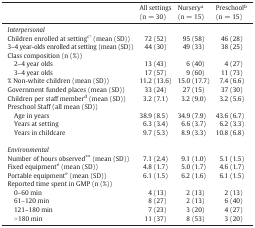
<table><thead><tr><td></td><td><b>All settings (n = 30)</b></td><td><b>Nursery<sup>a</sup> (n = 15)</b></td><td><b>Preschool<sup>b</sup>(n = 15)</b></td></tr></thead><tbody><tr><td><i>Interpersonal</i></td><td></td><td></td><td></td></tr><tr><td>Children enrolled at setting<sup>c⁎</sup> (mean (SD))</td><td>72 (52)</td><td>95 (58)</td><td>46 (28)</td></tr><tr><td>3–4 year-olds enrolled at setting (mean (SD))</td><td>44 (30)</td><td>49 (33)</td><td>38 (25)</td></tr><tr><td>Class composition (n (%))</td><td></td><td></td><td></td></tr><tr><td> 2–4 year olds</td><td>13 (43)</td><td>6 (40)</td><td>4 (27)</td></tr><tr><td> 3–4 year olds</td><td>17 (57)</td><td>9 (60)</td><td>11 (73)</td></tr><tr><td>% Non-white children (mean (SD))</td><td>11.2 (13.6)</td><td>15.0 (17.7)</td><td>7.4 (6.6)</td></tr><tr><td>Government funded places (mean (SD))</td><td>33 (24)</td><td>27 (15)</td><td>37 (30)</td></tr><tr><td>Children per staff member<sup>d</sup> (mean (SD))</td><td>3.2 (7.1)</td><td>3.2 (9.0)</td><td>3.2 (5.6)</td></tr><tr><td>Preschool Staff (all mean (SD))</td><td></td><td></td><td></td></tr><tr><td> Age in years</td><td>38.9 (8.5)</td><td>34.9 (7.9)</td><td>43.6 (6.7)</td></tr><tr><td> Years at setting</td><td>6.3 (3.4)</td><td>6.6 (3.7)</td><td>6.2 (3.3)</td></tr><tr><td> Years in childcare</td><td>9.7 (5.3)</td><td>8.9 (3.3)</td><td>10.8 (6.8)</td></tr><tr><td><i>Environmental</i></td><td></td><td></td><td></td></tr><tr><td>Number of hours observed<sup>⁎⁎</sup> (mean (SD))</td><td>7.1 (2.4)</td><td>9.1 (1.0)</td><td>5.1 (1.5)</td></tr><tr><td>Fixed equipment<sup>e</sup> (mean (SD))</td><td>4.8 (1.7)</td><td>5.0 (1.7)</td><td>4.6 (1.7)</td></tr><tr><td>Portable equipment<sup>e</sup> (mean (SD))</td><td>6.1 (1.5)</td><td>6.2 (1.6)</td><td>6.1 (1.5)</td></tr><tr><td>Reported time spent in GMP (n (%))</td><td></td><td></td><td></td></tr><tr><td> 0–60 min</td><td>4 (13)</td><td>2 (13)</td><td>2 (13)</td></tr><tr><td> 61–120 min</td><td>8 (27)</td><td>2 (13)</td><td>6 (40)</td></tr><tr><td> 121–180 min</td><td>7 (23)</td><td>3 (20)</td><td>4 (27)</td></tr><tr><td> &gt; 180 min</td><td>11 (37)</td><td>8 (53)</td><td>3 (20)</td></tr></tbody></table>